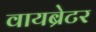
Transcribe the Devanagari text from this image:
वायब्रेटर